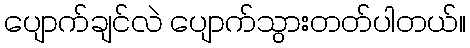
ပျောက်ချင်လဲ ပျောက်သွားတတ်ပါတယ်။